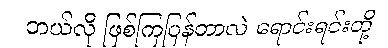
ဘယ်လို ဖြစ်ကြပြန်တာလဲ ရောင်းရင်းတို့